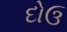
દોઉ